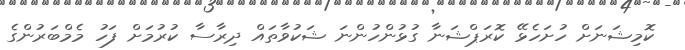
ކޮމިޝަނަށް ހުށަހެޅޭ ކޮރަޕްޝަނާ ގުޅުންހުންނަ ޝަކުވާތައް ދިރާސާ ކުރުމަށް ފަހު މެމްބަރުންގެ